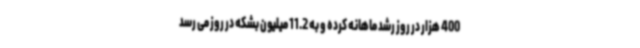
400 هزار در روز رشد ماهانه کرده و به 11.2 میلیون بشکه در روز می رسد